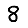
Digit: 8